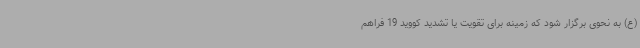
(ع) به نحوی برگزار شود که زمینه برای تقویت یا تشدید کووید 19 فراهم